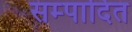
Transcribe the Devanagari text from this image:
सम्‍पादित